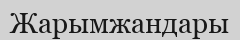
Жарымжандары